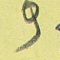
9